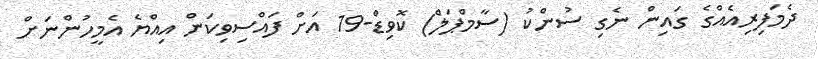
ދެމަފިރިއެއްގެ ގައިން ނެގި ސުންކު (ސާމްޕަލް) ކޮވިޑް-19 އަށް ފައްސިވިކަން އިއްޔެ އެމީހުންނަށް